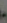
۔